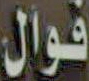
فوال